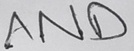
Text: AND